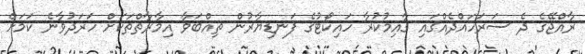
ރާއްޖޭގެ ދެ ސަރަހައްދެއްގައި ގާއިމުކުރާ ހައިކޯޓުގެ ފަނޑިޔާރުން ތިއްބަވާ އިމާރާތްތަކަށް ހަރަދުވާނެ ކަމަށް